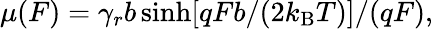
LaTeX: \begin{array}{r}{\mu(F)=\gamma_{r}b\sinh[qFb/(2k_{\mathrm{B}}T)]/(qF),}\end{array}